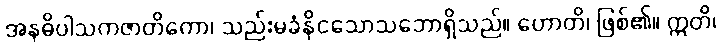
အနဓိပါသကဇာတိကော၊ သည်းမခံနိုငသောသဘောရှိသည်။ ဟောတိ၊ ဖြစ်၏။ ဣတိ၊